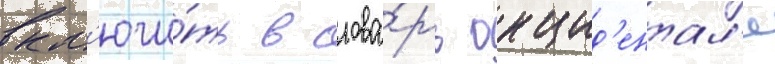
вкл'ючи́ть в слова́рь окцид'ентал'я